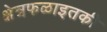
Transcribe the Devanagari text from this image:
क्षेत्रफळाइतकी